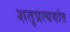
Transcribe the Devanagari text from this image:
शतृप्रत्ययांत